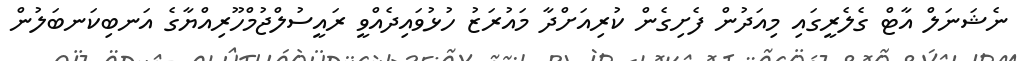
ނެޝަނަލް އާޓް ގެލެރީގައި މިއަދުން ފެށިގެން ކުރިއަށްދާ މައުރަޒު ހުޅުވައިދެއްވީ ރައީސުލްޖުމްހޫރިއްޔާގެ އަނބިކަނބަލުން